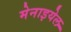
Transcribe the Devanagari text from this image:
मेनाइयेल